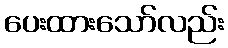
ပေးထားသော်လည်း